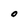
Character: O